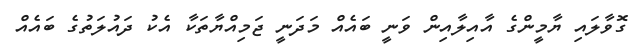
ގޮވާލައި ޔާމީންގެ އާއިލާއިން ވަނީ ބައެއް މަދަނީ ޖަމިއްޔާތަކާ އެކު ދައުލަތުގެ ބައެއް